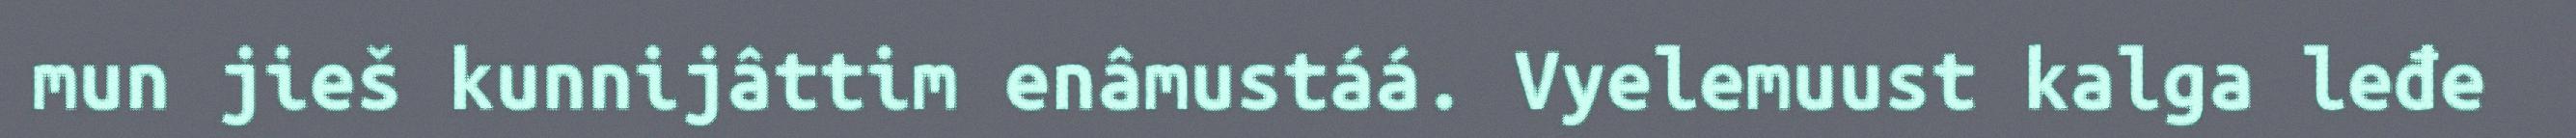
mun jieš kunnijâttim enâmustáá. Vyelemuust kalga leđe